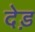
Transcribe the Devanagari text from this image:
देड़